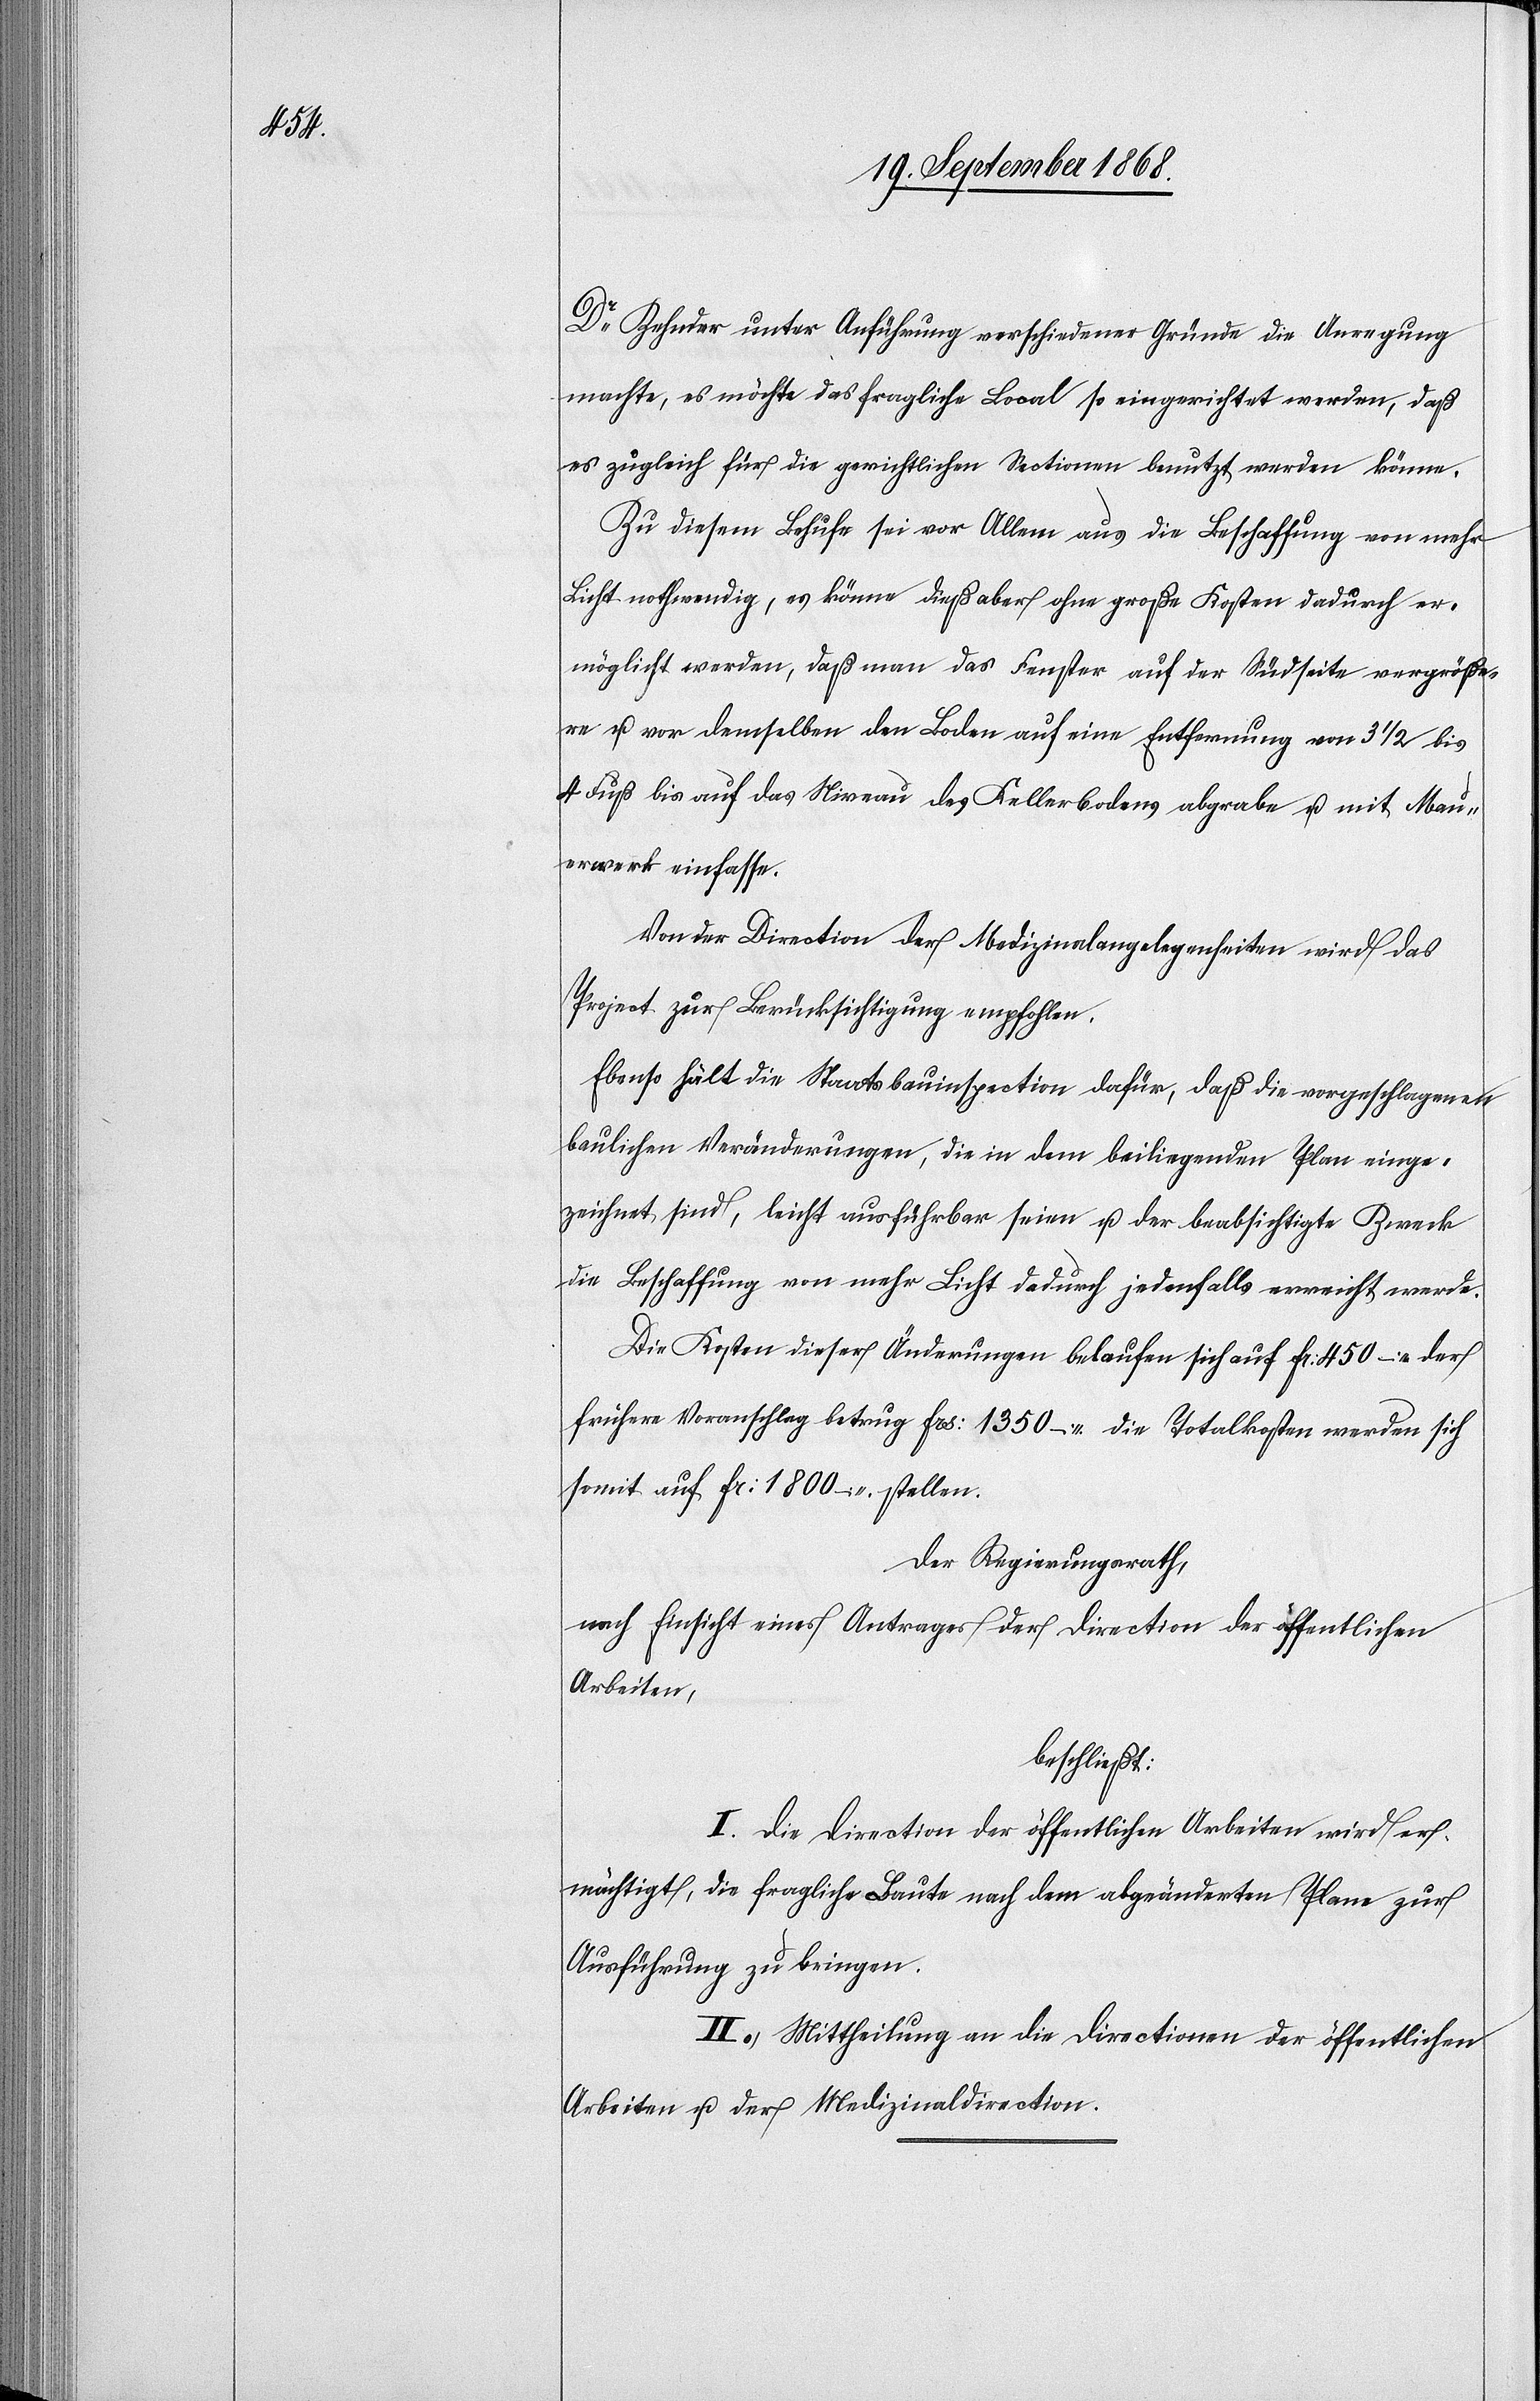
Dr Zehnder unter Anführung verschiedener Gründe die Anregung
machte, es möchte das fragliche Local so eingerichtet werden, daß
es zugleich für die gerichtlichen Sectionen benutzt werden könne.
Zu diesem Behufe sei vor Allem aus die Beschaffung von mehr
Licht nothwendig, es könne dieß aber ohne große Kosten dadurch er¬
möglicht werden, daß man das Fenster auf der Südseite vergröße¬
re u. vor demselben den Boden auf eine Entfernung von 3 1/2 bis
4 Fuß bis auf das Niveau des Kellerbodens abgrabe u. mit Mau¬
erwerk einfasse.
Von der Direction der Medizinalangelegenheiten wird das
Project zur Berücksichtigung empfohlen.
Ebenso hält die Staatsbauinspection dafür, daß die vorgeschlagenen
baulichen Veränderungen, die in dem beiliegenden Plan einge¬
zeichnet sind, leicht ausführbar seien u. der beabsichtigte Zweck
die Beschaffung von mehr Licht dadurch jedenfalls erreicht werde.
Die Kosten dieser Änderungen belaufen sich auf Fr: 450 – der
frühere Voranschlag betrug Frs: 1350 – die Totalkosten werden sich
somit auf Fr: 1800 – stellen.
Der Regierungsrath,
nach Einsicht eines Antrages der Direction der öffentlichen
Arbeiten,
beschließt:
I. Die Direction der öffentlichen Arbeiten wird er¬
mächtigt, die fragliche Baute nach dem abgeänderten Plane zur
Ausführung zu bringen.
II. Mittheilung an die Directionen der öffentlichen
Arbeiten u. der Medizinaldirection.